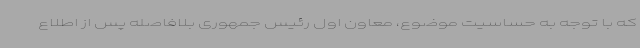
که با توجه به حساسیت موضوع، معاون اول رئیس جمهوری بلافاصله پس از اطلاع